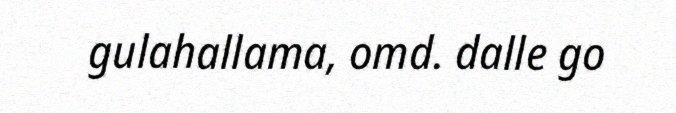
gulahallama, omd. dalle go